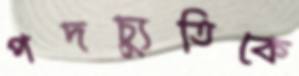
পদচ্যুতিকে